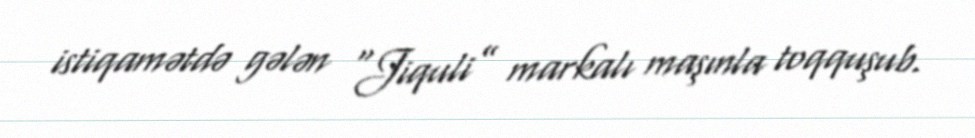
istiqamətdə gələn “Jiquli” markalı maşınla toqquşub.